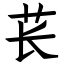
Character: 苌